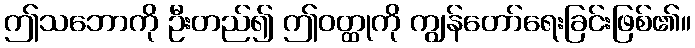
ဤသဘောကို ဦးတည်၍ ဤဝတ္ထုကို ကျွန်တော်ရေးခြင်းဖြစ်၏။